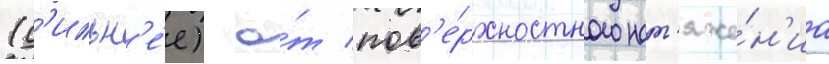
(с'ильн'е́е) о́т пов'е́рхностного нат'яже́н'иа